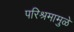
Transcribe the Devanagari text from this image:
परिश्रमामुळे